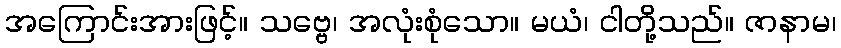
အကြောင်းအားဖြင့်။ သဗ္ဗေ၊ အလုံးစုံသော။ မယံ၊ ငါတို့သည်။ ဇာနာမ၊